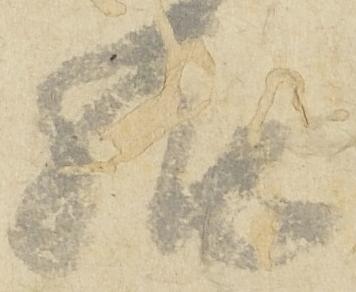
給